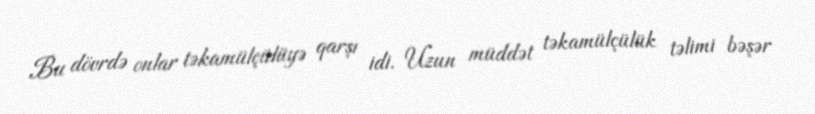
Bu dövrdə onlar təkamülçülüyə qarşı idi. Uzun müddət təkamülçülük təlimi bəşər